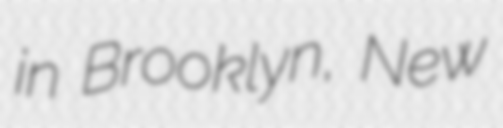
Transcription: in Brooklyn, New